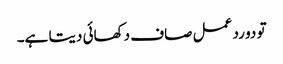
تو دو رد عمل صاف دکھائی دیتا ہے۔